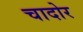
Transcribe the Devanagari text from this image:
चादोर